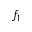
f _ { 1 }